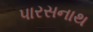
પારસનાથ